Applicability to medico-legal practice in India of the biochemical tests for the origin of blood-stains - Number 39
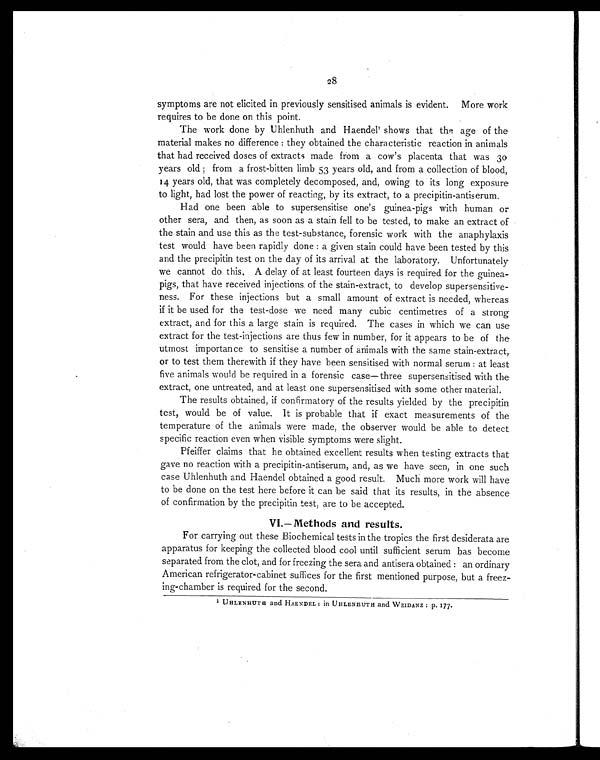
28
symptoms are not elicited in previously sensitised animals is evident. More work
requires to be done on this point.
The work done by Uhlenhuth and Haendel1 shows that the age of the
material makes no difference: they obtained the characteristic reaction in animals
that had received doses of extracts made from a cow's placenta that was 30
years old; from a frost-bitten limb 53 years old, and from a collection of blood,
14 years old, that was completely decomposed, and, owing to its long exposure
to light, had lost the power of reacting, by its extract, to a precipitin-antiserum.
Had one been able to supersensitise one's guinea-pigs with human or
other sera, and then, as soon as a stain fell to be tested, to make an extract of
the stain and use this as the test-substance, forensic work with the anaphylaxis
test would have been rapidly done: a given stain could have been tested by this
and the precipitin test on the day of its arrival at the laboratory. Unfortunately
we cannot do this. A delay of at least fourteen days is required for the guinea-
pigs, that have received injections of the stain-extract, to develop supersensitive-
ness. For these injections but a small amount of extract is needed, whereas
if it be used for the test-dose we need many cubic centimetres of a strong
extract, and for this a large stain is required. The cases in which we can use
extract for the test-injections are thus few in number, for it appears to be of the
utmost importance to sensitise a number of animals with the same stain-extract,
or to test them therewith if they have been sensitised with normal serum: at least
five animals would be required in a forensic case—three supersensitised with the
extract, one untreated, and at least one supersensitised with some other material.
The results obtained, if confirmatory of the results yielded by the precipitin
test, would be of value. It is probable that if exact measurements of the
temperature of the animals were made, the observer would be able to detect
specific reaction even when visible symptoms were slight.
Pfeiffer claims that he obtained excellent results when testing extracts that
gave no reaction with a precipitin-antiserum, and, as we have seen, in one such
case Uhlenhuth and Haendel obtained a good result. Much more work will have
to be done on the test here before it can be said that its results, in the absence
of confirmation by the precipitin test, are to be accepted.
VI.—Methods and results.
For carrying out these Biochemical tests in the tropics the first desiderata are
apparatus for keeping the collected blood cool until sufficient serum has become
separated from the clot, and for freezing the sera and antisera obtained: an ordinary
American refrigerator-cabinet suffices for the first mentioned purpose, but a freez-
ing-chamber is required for the second.
1 IJHLENHUTH and HAENDEL : in UHLEN HUTH and WEIDANZ : p. 177.